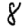
Digit: 8